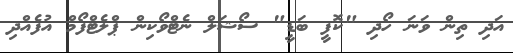
އަދި ތިން ވަނަ ހޯދި "ކޮފީ ބަޑީ" ސޯޝަލް ނެޓްވޯކިން ޕްލެޓްފޯމް އުފެއްދި